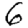
Digit: 6